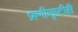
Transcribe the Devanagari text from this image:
प्राणीसृष्टीही